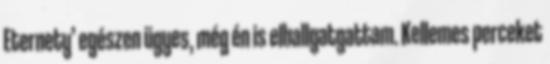
Eternety’ egészen ügyes, még én is elhallgatgattam. Kellemes perceket